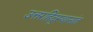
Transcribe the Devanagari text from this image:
उत्तरहिंदुस्थानांत